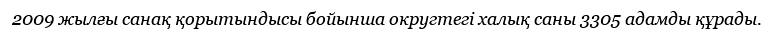
2009 жылғы санақ қорытындысы бойынша округтегі халық саны 3305 адамды құрады.